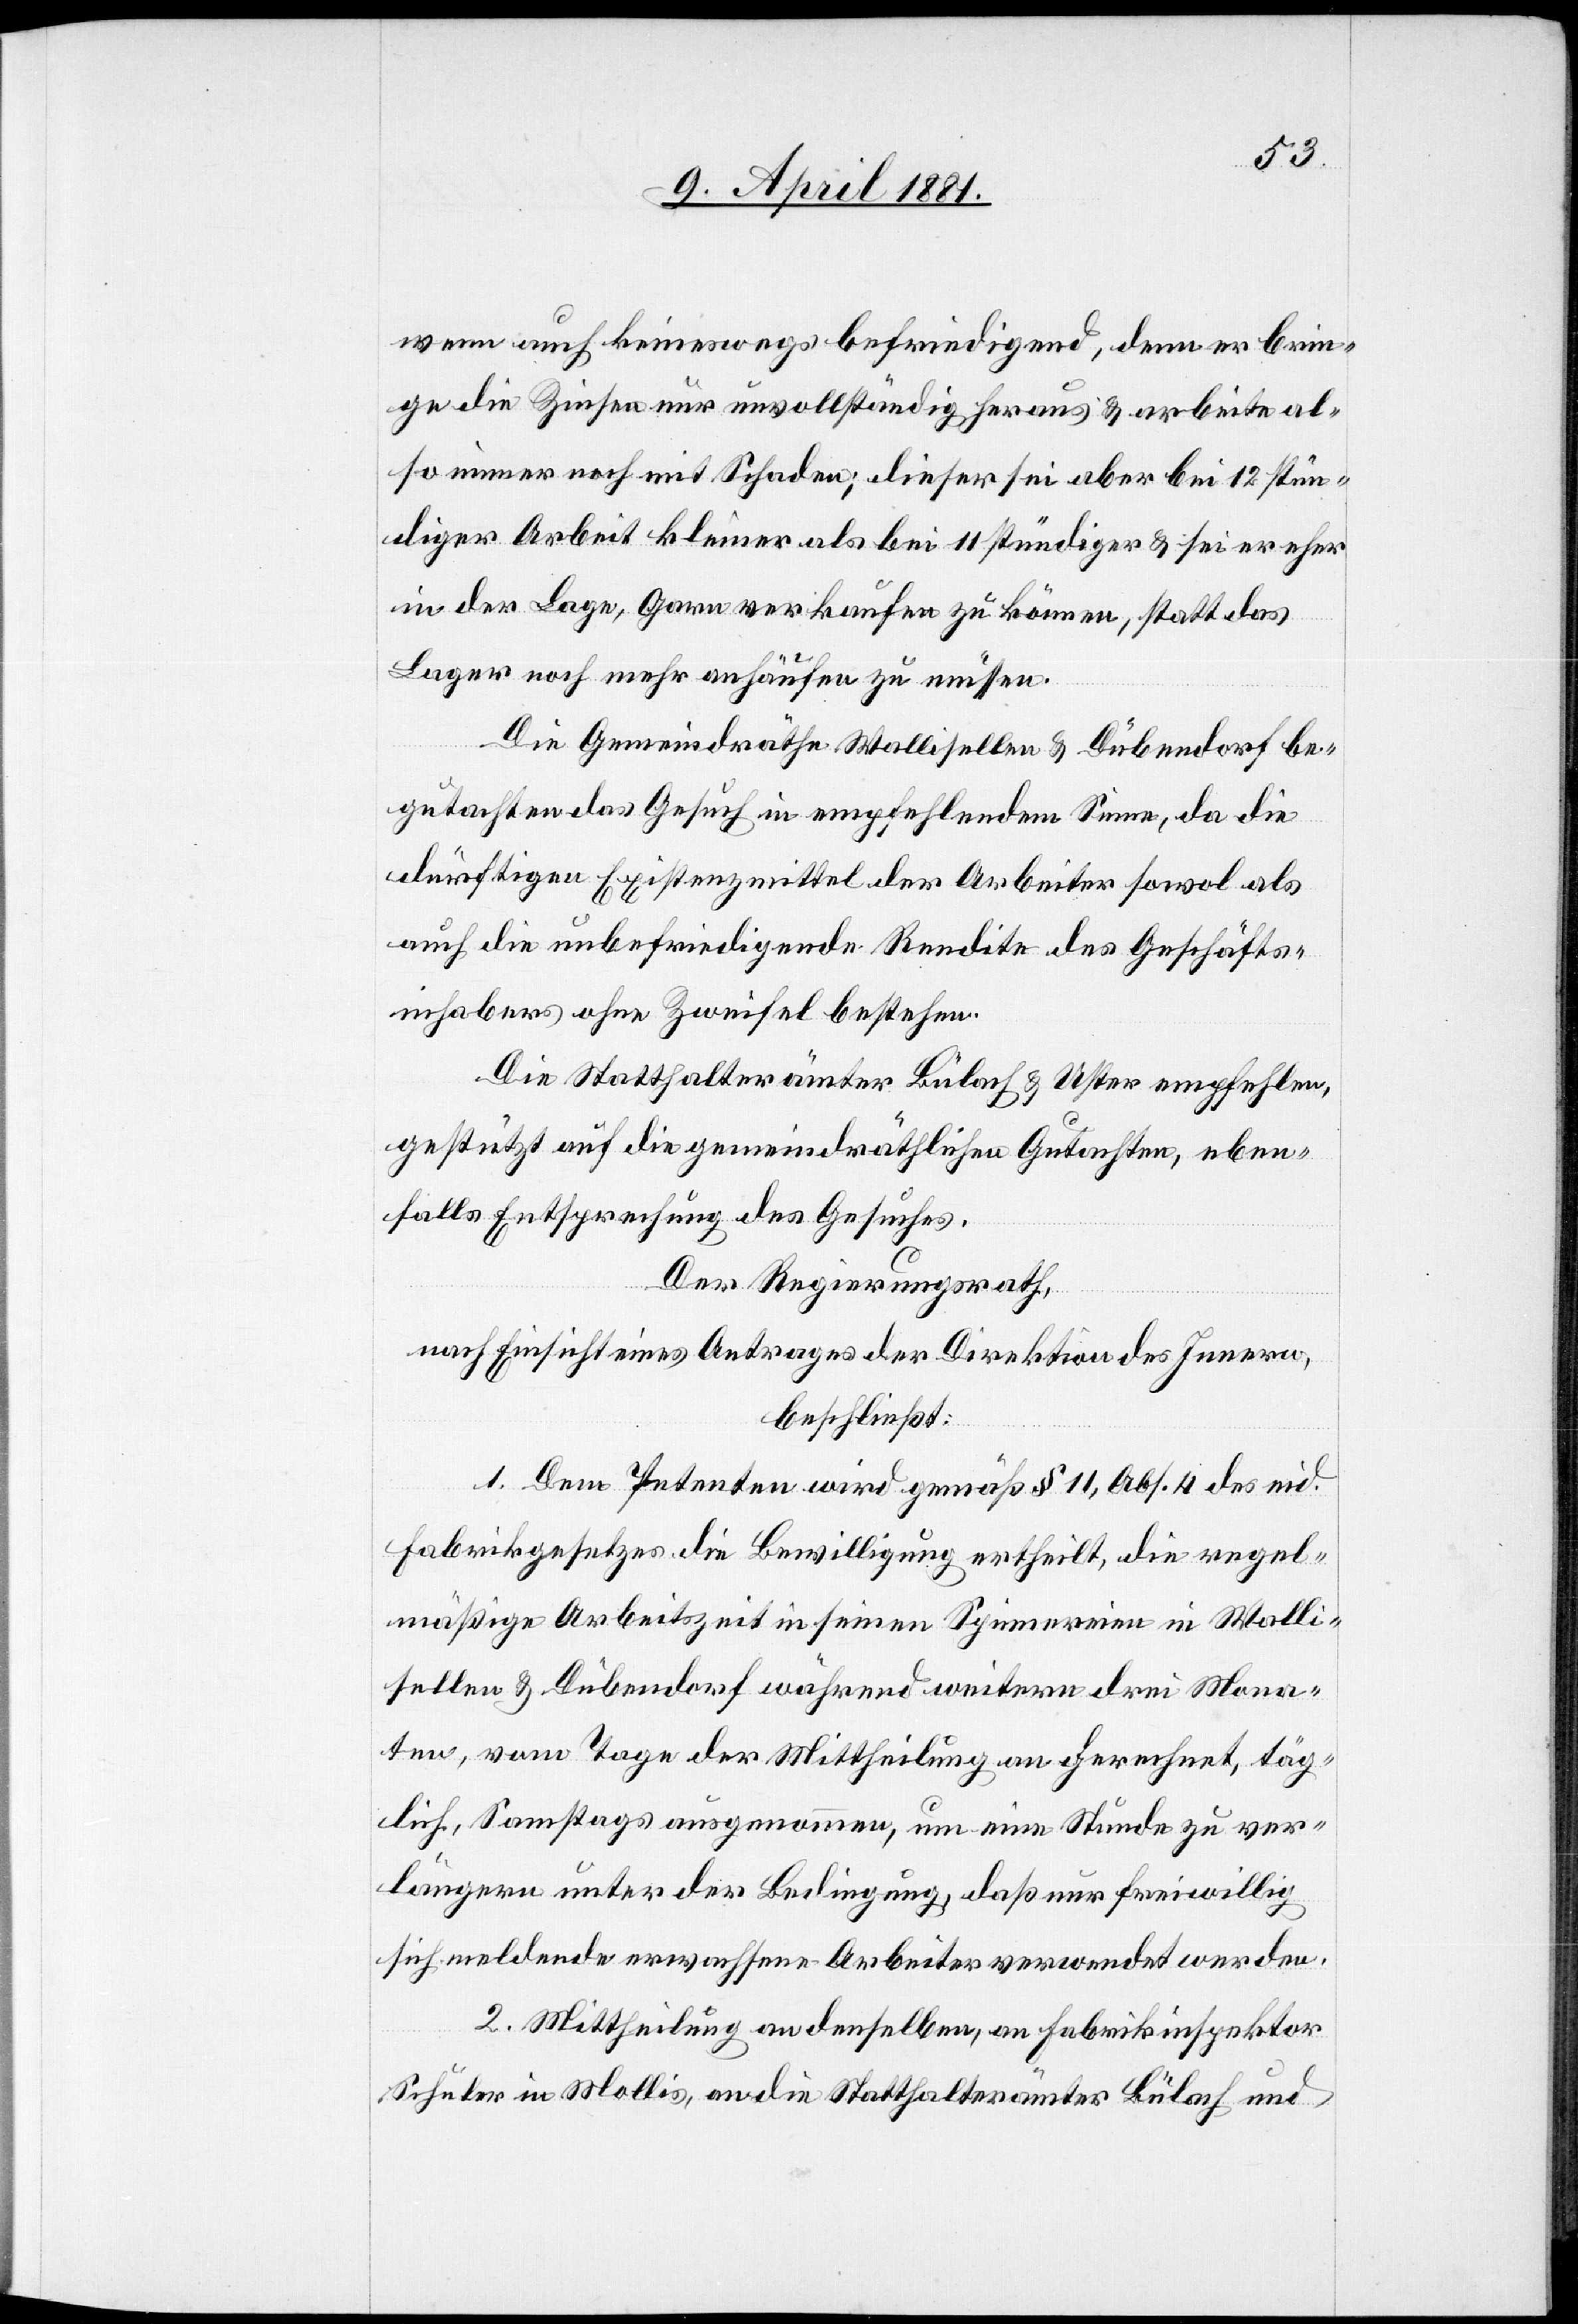
wenn auch keineswegs befriedigend, denn er brin¬
ge die Zinsen nur unvollständig heraus & arbeitete al¬
so immer noch mit Schaden; dieser sei aber bei 12 stün¬
diger Arbeit kleiner als bei 11 stündiger & sei er eher
in der Lage, Garn verkaufen zu können, statt das
Lager noch mehr anhäufen zu müssen.
Die Gemeindräthe Wallisellen & Dübendorf be¬
gutachten das Gesuch in empfehlendem Sinne, da die
dürftigen Existenzmittel der Arbeiter sowol als
auch die unbefriedigende Rendite des Geschäfts¬
inhabers ohne Zweifel bestehen.
Die Statthalterämter Bülach & Uster empfehlen,
gestützt auf die gemeindräthlichen Gutachten, eben¬
falls Entsprechung des Gesuches.
Der Regierungsrath
,
nach Einsicht eines Antrages der Direktion des Innern,
beschließt:
1. Dem Petenten wird gemäß § 11, Abs. 4 des eid.
Fabrikgesetzes die Bewilligung ertheilt, die regel¬
mäßige Arbeitszeit in seinen Spinnereien in Walli¬
sellen & Dübendorf während weitern drei Mona¬
ten, vom Tage der Mittheilung an gerechnet, täg¬
lich, Samstags ausgenommen, um eine Stunde zu ver¬
längern unter der Bedingung, daß nur freiwillig
sich meldende erwachsene Arbeiter verwendet werden.
2. Mittheilung an denselben, an Fabrikinspektor
Schuler in Mollis, an die Statthalterämter Bülach und